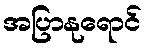
အပြာနုရောင်